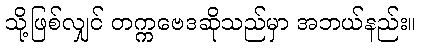
သို့ဖြစ်လျှင် တက္ကဗေဒဆိုသည်မှာ အဘယ်နည်း။